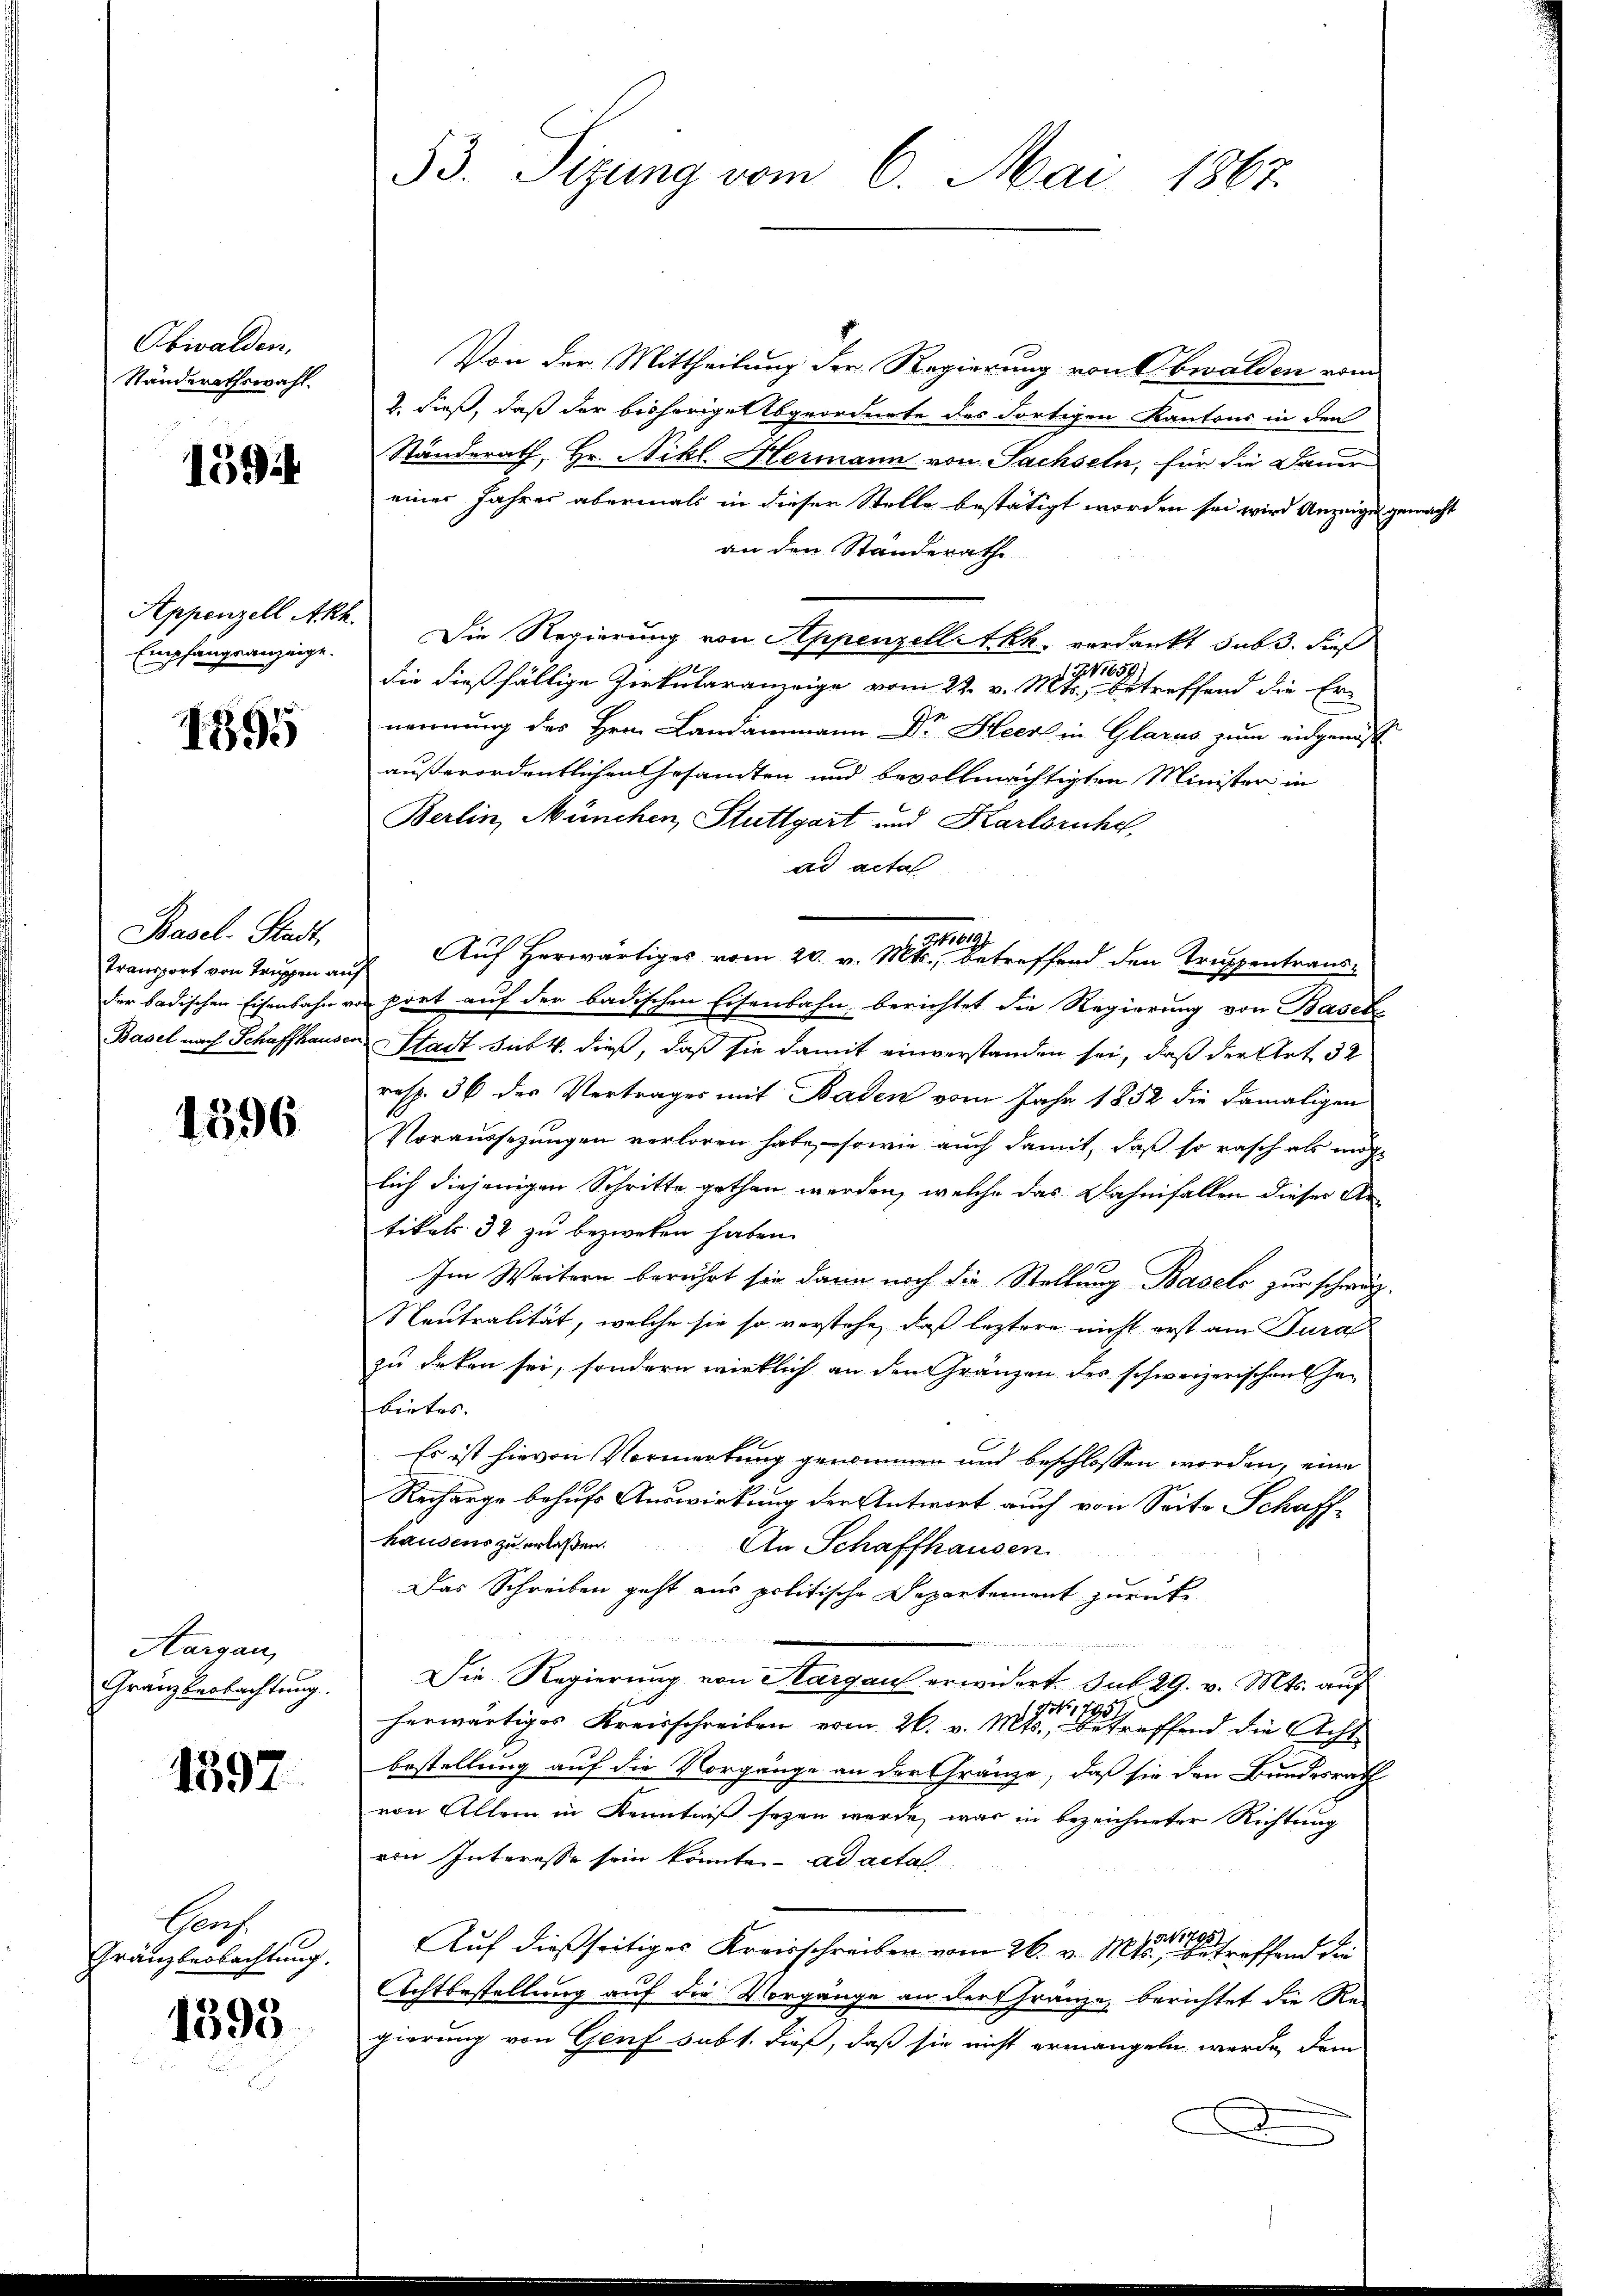
Obwalden.
Ständerathswahl.

1594

Empfangsanzeige.

1895

Basel-Stadt,
Transport von Truppen auf

1396

Aargau,
Gränz Beobachtung

1597.

Gruf
Gränzbeobachtung.

1395

Von der Mittheilung der Regierung von Obwalden vom
2. dieß, daß der bisherige Abgeordnete des dortigen Kantons in den
Ständerath, Hr. Nikl. Hermann von Sachseln, für die Dauer
einer Jahres abermals in dieser Stelle bestätigt worden sei wird Anzeigen gemacht
an den Standerathe
Appenzell Akh. Die Regierung von Appenzell Akh. verdankt sub 3. dieß
die dießfällige Zirkularanzeige vom 22. v. Mts. betreffend die Ernennung des Hrn. Landammann Dr. Heer in Glarus zum eidgenöss
außerordentlichen Gesandten und bevollmächtigten Minister in
Berlin, München Stuttgart und Karlsruhe
ad acta
7619)
Auf herwärtiges vom 20. v. Mts., betreffend den Truppentraus-
der badischen Eisenbahn von port auf der badischen Eisenbahn berichtet die Regierung von Basel
Basel nach Schaffhausen Stadt sub. 4. dieß, daß sie damit einverstanden sei, daß der Art. 32
resp. 36 des Vertrages mit Baden vom Jahr 1852 die damaligen
Voraussezungen verloren habe, sowie auch damit, daß so rasch als möch
lich diejenigen Schritte gethan werden, welche das Dahnfallen dieser Artikals 32 zu bezweken haben.
Im Weitern berührt sie dann noch die Stellung Basels zur schwerz-
Neutralität, welche sie so verstehe, daß leztere nicht erst am Tural
zu deken sei, sondern wirklich an den Gränzen des schweizerischen Gebirtes. |
Es ist hievon Vormerkung genommen und beschlossen worden, eine
Recharge behufs Auswirkung der Antwort auch von Seite Schaff-
hausens zu erlaßen.
An Schaffhausen.
Das Schreiben geht aus politische Departement zurück
Die Regierung von Margau erwildet. Sub 29. v. Mts. auf
I 1795.
herwärtiges Kreisschreiben vom 26. v. Mts., betreffend die Acht
bestellung auf die Vorgänge an der Gränze, daß sie den Bundesrath
von Allem in Kenntniß seyen werde, was in bezeichneter Richtung
vin Interesse sein könnte. ad actal
Auf dießseitiges Kreisschreiben vom 26. v. Mts. einen Betreffend die
Achtbestellung auf die Vorgänge an der Franze berichtet die Re-
gierung von Genf sub 1. Fuß, daß sie nicht ermangeln werde, dem
D

53. Sizung vom 6. Mai 1867.